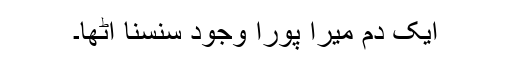
ایک دم میرا پورا وجود سنسنا اٹھا۔